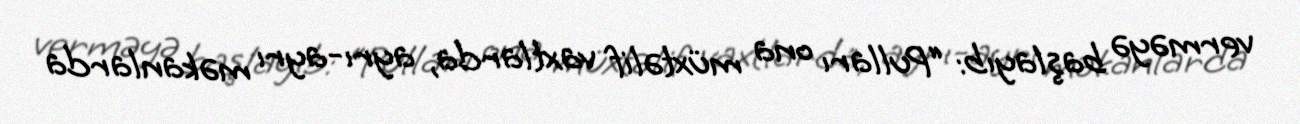
verməyə başlayıb: “Pulları ona müxtəlif vaxtlarda, ayrı-ayrı məkanlarda